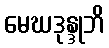
မေဃဒုန္ဒုဘိ